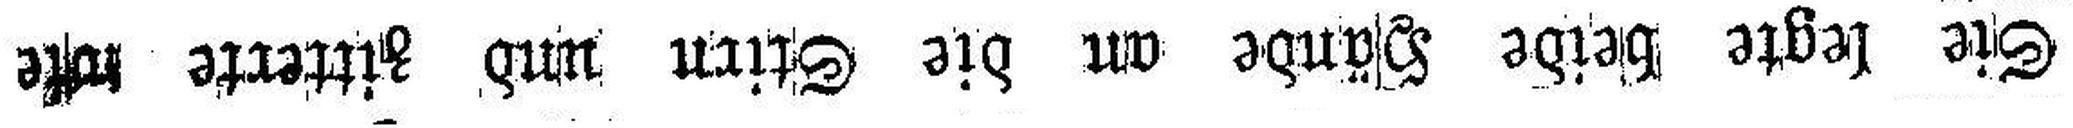
Sie legte beide Hände an die Stirn und zitterte ###e